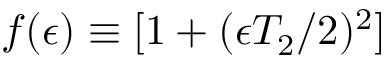
f ( \epsilon ) \equiv [ 1 + ( \epsilon T _ { 2 } / 2 ) ^ { 2 } ]